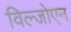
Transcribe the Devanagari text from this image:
विल्जोएन